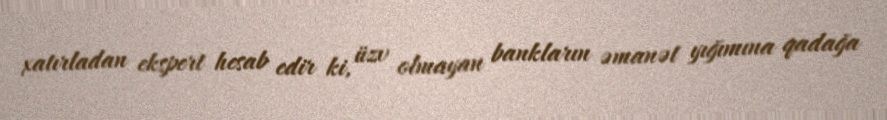
xatırladan ekspert hesab edir ki, üzv olmayan bankların əmanət yığımına qadağa